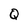
Character: Q